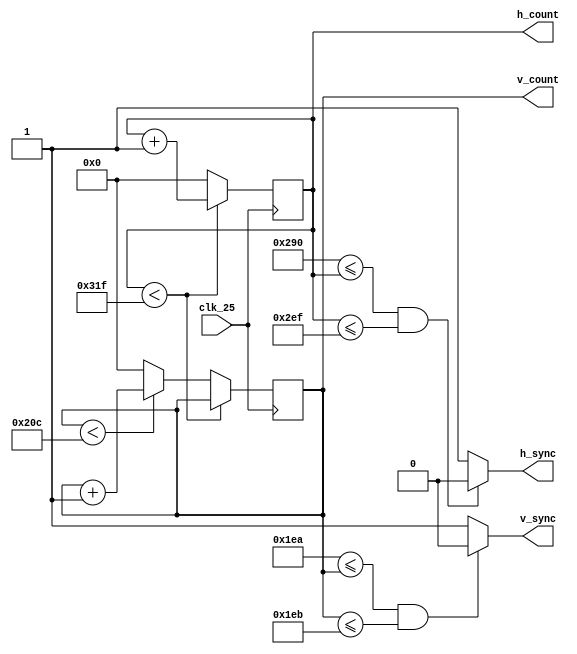
//=================================================
//"VGA Signal 640 x 480 @ 60 Hz Industry standard timing" standarts are used
//=================================================
//General timing
//Screen refresh rate	60 Hz
//Vertical refresh      31.46875 kHz
//Pixel freq.	         25.175 MHz
//=================================================
//Horizontal timing (line)
//Scanline part	Pixels	Time [s]
//Visible area	640	      25.422045680238
//Front porch	16	         0.63555114200596
//Sync pulse	96				3.8133068520357
//Back porch	48				1.9066534260179
//Whole line	800			31.777557100298
//=================================================
//Vertical timing (frame)
//Frame part	Lines	 	 	Time [ms]
//Visible area	480			15.253227408143
//Front porch	10				0.31777557100298
//Sync pulse	2				0.063555114200596
//Back porch	33				1.0486593843098
//Whole frame	525			16.683217477656
//=================================================

module horizontal_and_vertical_counter(clk_25,h_count,h_sync, v_count, v_sync);
input clk_25; //25 MHZ clock input

output reg [10:0] v_count; //y coordinate of the current pixel
output reg [10:0] h_count; //x coordinate of the current pixel

output h_sync, v_sync;

parameter H_VISIBLE_AREA = 640;//640
parameter H_FRONT_PORCH = 16;//16
parameter H_SYNC_WIDTH = 96;//96
parameter H_BACK_PORCH = 48;//48
parameter H_ROW_LENGTH = H_VISIBLE_AREA+H_FRONT_PORCH+H_SYNC_WIDTH+H_BACK_PORCH;


parameter V_VISIBLE_AREA = 480;//480
parameter V_FRONT_PORCH = 10;//10
parameter V_SYNC_WIDTH = 2; //2
parameter V_BACK_PORCH = 33; //3
parameter V_COLUMN_LENGTH = V_VISIBLE_AREA+ V_FRONT_PORCH+ V_SYNC_WIDTH + V_BACK_PORCH;

//============================================HORIZONTAL=================================================
//||  visible area (0,639) | front porch (640,655) | horizontal sync. (656,751) | back porch (752,799) ||
//=======================================================================================================
assign h_sync = (656<=h_count && h_count <=751) ? 1'b0 : 1'b1;
//============================================VERTICAL===================================================
//||  visible area (0,479) | front porch (480,489) | vertical sync. (490,491) | back porch (492,524)   ||
//=======================================================================================================
assign v_sync = (490<=v_count && v_count <=491) ? 1'b0 : 1'b1;

initial 
	begin
		h_count <=0;
		v_count<= 0;
	end
	
always @(posedge(clk_25)) 
	begin	
		//Increment h_count and v_count----------------------------------
		if(h_count < (H_ROW_LENGTH-1)) 
			begin
				h_count <= h_count +1; // shift pixel to right
			end
		else 
			begin
				h_count <= 0; // start from next row 			
				if(v_count < (V_COLUMN_LENGTH-1))
					begin
						v_count <= v_count + 1; // shift pixel to down
					end
				else
					begin
						v_count <= 0; // start from first row
					end
			end

	end

endmodule

//https://electronics.stackexchange.com/questions/295130/vga-timing-sync-porch-positions-fpga